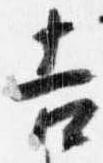
吉